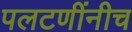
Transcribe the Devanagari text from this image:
पलटणींनीच